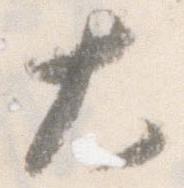
大